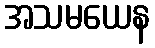
အသမယေန